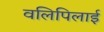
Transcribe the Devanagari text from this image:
वलिपिलाई